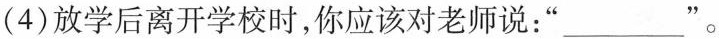
(4)放学后离开学校时，你应该对老师说：”___"。